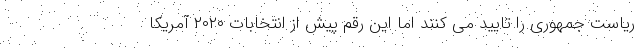
ریاست جمهوری را تایید می کنند اما این رقم پیش از انتخابات ۲۰۲۰ آمریکا